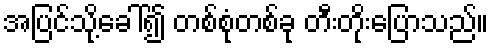
အပြင်သို့ခေါ်၍ တစ်စုံတစ်ခု တီးတိုးပြောသည်။